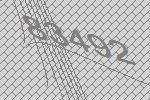
83492